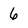
Character: 6